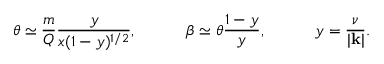
\theta \simeq \frac { m } { Q } \frac { y } { x ( 1 - y ) ^ { 1 / 2 } } , ~ ~ ~ ~ \ ~ ~ ~ ~ \beta \simeq \theta \frac { 1 - y } { y } , ~ ~ ~ ~ \ ~ ~ ~ ~ y = \frac { \nu } { | { \bf k } | } .